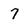
Character: 7